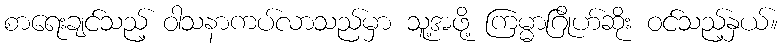
စာရေးချင်သည့် ဝါသနာကပ်လာသည်မှာ သူ့အဖို့ ကြမ္မာဂြိုဟ်ဆိုး ဝင်သည့်နှယ်။